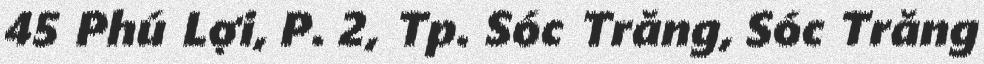
45 Phú Lợi, P. 2, Tp. Sóc Trăng, Sóc Trăng